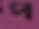
প